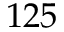
1 2 5